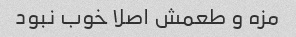
مزه و طعمش اصلا خوب نبود